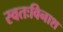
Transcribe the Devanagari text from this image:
स्वतःविनाश